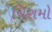
વિરામો